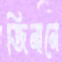
জিনানে